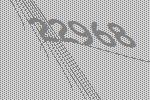
22968